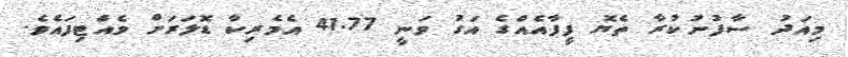
މިއަދު ސާފުނުކުރާ ތެޔޮ ފީފާއެއްގެ އަގު ވަނީ 41.77 އެމެރިކާ ޑޮލަރަށް ވެއްޓިފައެވެ.